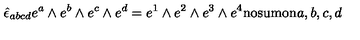
\hat { \epsilon } _ { a b c d } e ^ { a } \wedge e ^ { b } \wedge e ^ { c } \wedge e ^ { d } = e ^ { 1 } \wedge e ^ { 2 } \wedge e ^ { 3 } \wedge e ^ { 4 } \mathrm { n o s u m o n } a , b , c , d